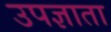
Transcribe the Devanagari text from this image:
उपज्ञाता